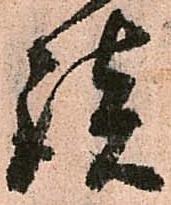
談